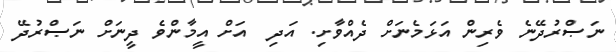
ނަޞްރުދޭނެ ވެރިން އަޅަމެނަށް ދެއްވާށި. އަދި  އަށް އީމާންވެ ދީނަށް ނަޞްރުދޭ